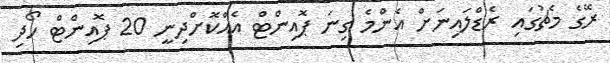
ރޭގެ މެޗުގައި ރެޑްލައިނަށް އެންމެ ގިނަ ޕޮއިންޓް އެއްކޮށްދިނީ 20 ޕޮއިންޓް ހޯދި